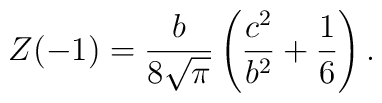
Z(-1)=\frac{b}{8\sqrt{\pi}}\left(\frac{c^{2}}{b^{2}}+\frac{1}{6}\right).